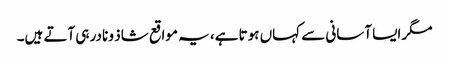
مگر ایسا آسانی سے کہاں ہوتا ہے، یہ مواقع شاذ و نادر ہی آتے ہیں۔